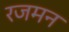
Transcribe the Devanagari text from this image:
रजमन